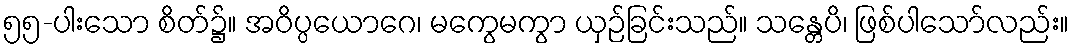
၅၅-ပါးသော စိတ်၌။ အဝိပ္ပယောဂေ၊ မကွေမကွာ ယှဉ်ခြင်းသည်။ သန္တေပိ၊ ဖြစ်ပါသော်လည်း။